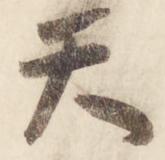
天